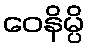
ဝေနိမ္ပိ